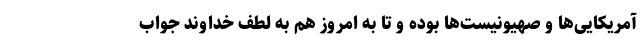
آمریکایی‌ها و صهیونیست‌ها بوده و تا به امروز هم به لطف خداوند جواب